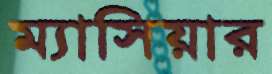
ম্যাসিয়ার